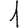
Digit: 1